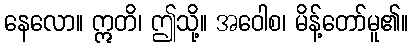
နေလော။ ဣတိ၊ ဤသို့။ အဝေါစ၊ မိန့်တော်မူ၏။